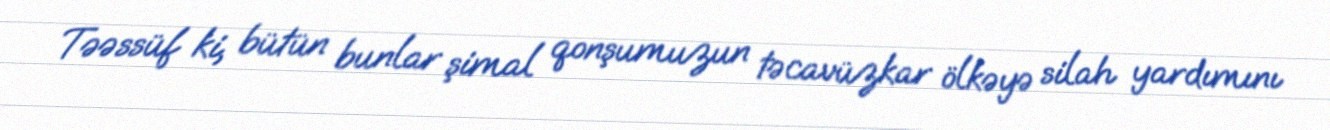
Təəssüf ki, bütün bunlar şimal qonşumuzun təcavüzkar ölkəyə silah yardımını